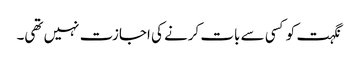
نگہت کو کسی سے بات کرنے کی اجازت نہیں تھی۔